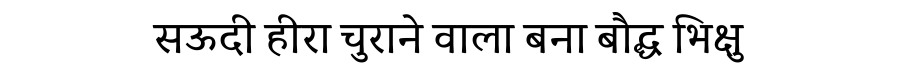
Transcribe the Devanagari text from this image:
सऊदी हीरा चुराने वाला बना बौद्ध भिक्षु